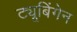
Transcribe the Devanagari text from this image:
ट्यूबिंगेन